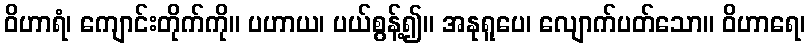
ဝိဟာရံ၊ ကျောင်းတိုက်ကို။ ပဟာယ၊ ပယ်စွန့်၍။ အနုရူပေ၊ လျောက်ပတ်သော။ ဝိဟာရေ၊